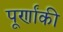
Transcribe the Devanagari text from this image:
पूर्णांकी